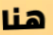
هنا